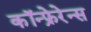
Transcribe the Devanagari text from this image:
कॉन्फ्रेरेन्स